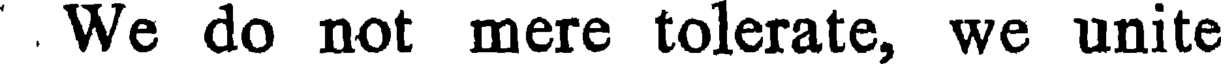
. We do not mere tolerate, we unite